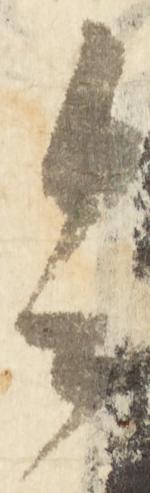
令